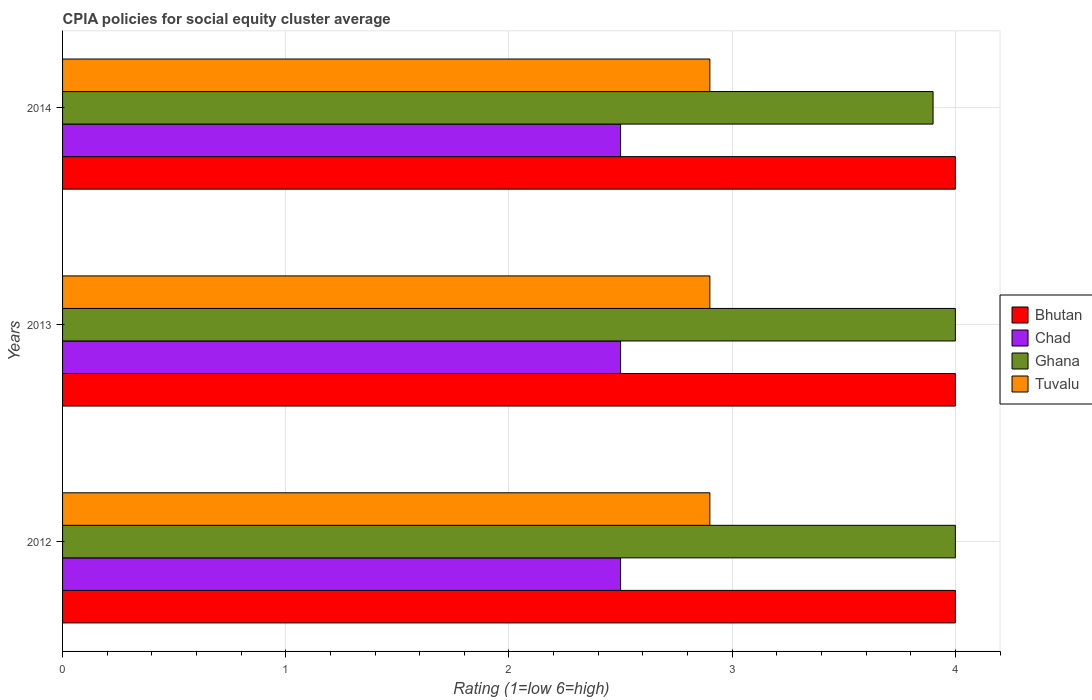
| Years | Bhutan | Chad | Ghana | Tuvalu |
 | --- | --- | --- | --- | --- |
 | 2012 | 4 | 2.5 | 4 | 2.9 |
 | 2013 | 4 | 2.5 | 4 | 2.9 |
 | 2014 | 4 | 2.5 | 3.9 | 2.9 |